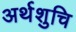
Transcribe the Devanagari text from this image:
अर्थशुचि